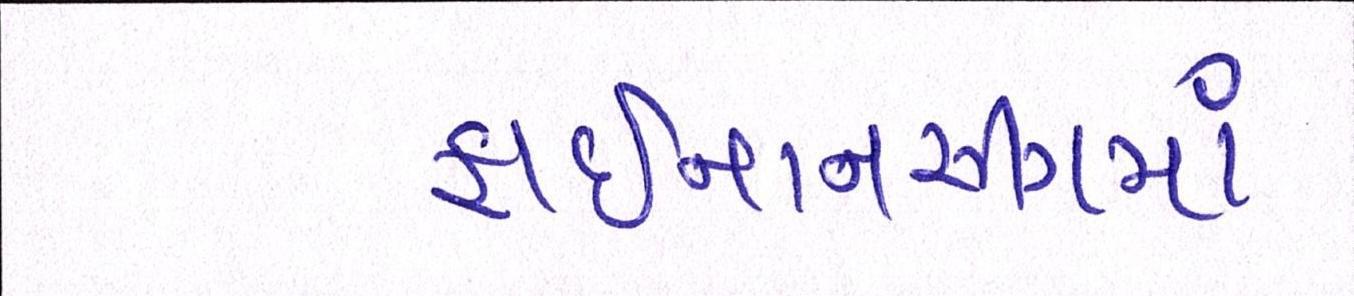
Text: ફાઈનાનસીંગમાં